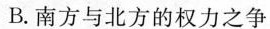
B.南方与北方的权力之争